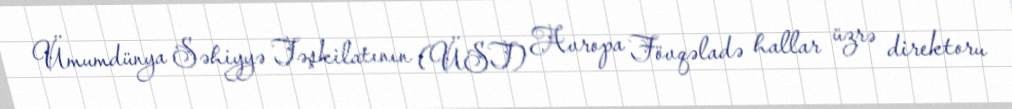
Ümumdünya Səhiyyə Təşkilatının (ÜST) Avropa Fövqəladə hallar üzrə direktoru